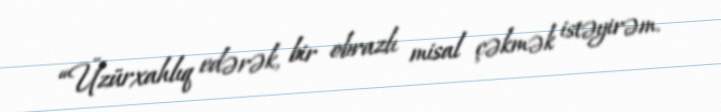
“Üzürxahlıq edərək, bir obrazlı misal çəkmək istəyirəm.